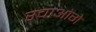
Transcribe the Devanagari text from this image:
रचाओगे